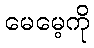
မေမေ့ကို